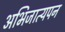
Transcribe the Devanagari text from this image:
अभिजात्यपन